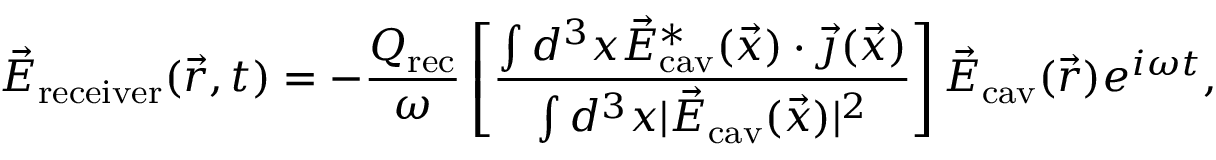
\vec { E } _ { \mathrm { r e c e i v e r } } ( \vec { r } , t ) = - \frac { Q _ { \mathrm { r e c } } } \omega \left[ \frac { \int d ^ { 3 } x \vec { E } _ { \mathrm { c a v } } ^ { * } ( \vec { x } ) \cdot \vec { \jmath } ( \vec { x } ) } { \int d ^ { 3 } x | \vec { E } _ { \mathrm { c a v } } ( \vec { x } ) | ^ { 2 } } \right] \vec { E } _ { \mathrm { c a v } } ( \vec { r } ) e ^ { i \omega t } ,